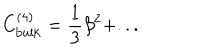
C _ { \mathrm { b u l k } } ^ { ( 4 ) } = \frac { 1 } { 3 } \beta ^ { 2 } + . . .